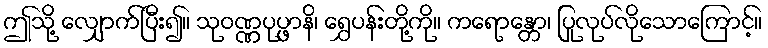
ဤသို့ လျှောက်ပြီး၍။ သုဝဏ္ဏပုပ္ဖာနိ၊ ရွှေပန်းတို့ကို။ ကရောန္တော၊ ပြုလုပ်လိုသောကြောင့်။